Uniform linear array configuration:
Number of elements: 64
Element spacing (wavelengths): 1
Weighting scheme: hamming
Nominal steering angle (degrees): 60
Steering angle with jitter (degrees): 60.977
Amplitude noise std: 0.05
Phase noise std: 0.05

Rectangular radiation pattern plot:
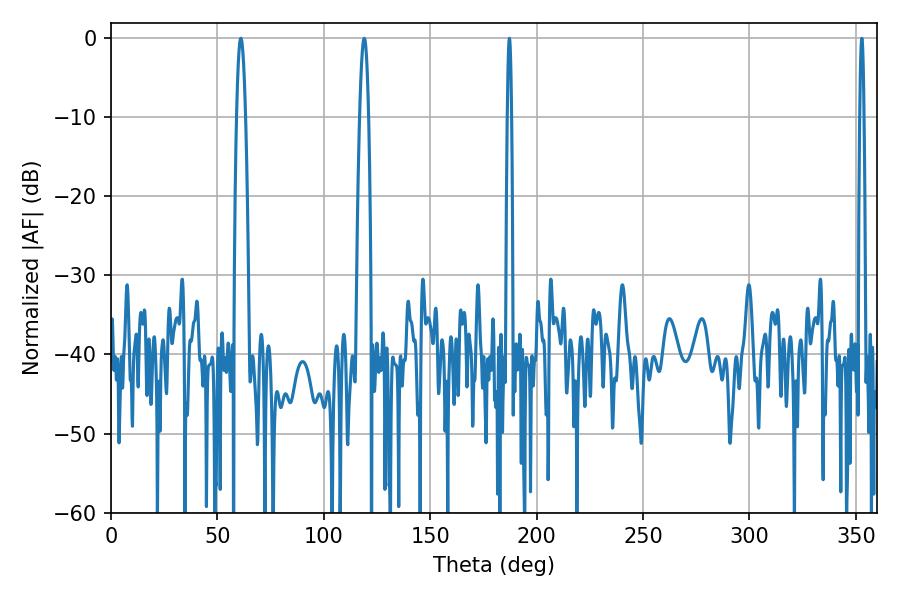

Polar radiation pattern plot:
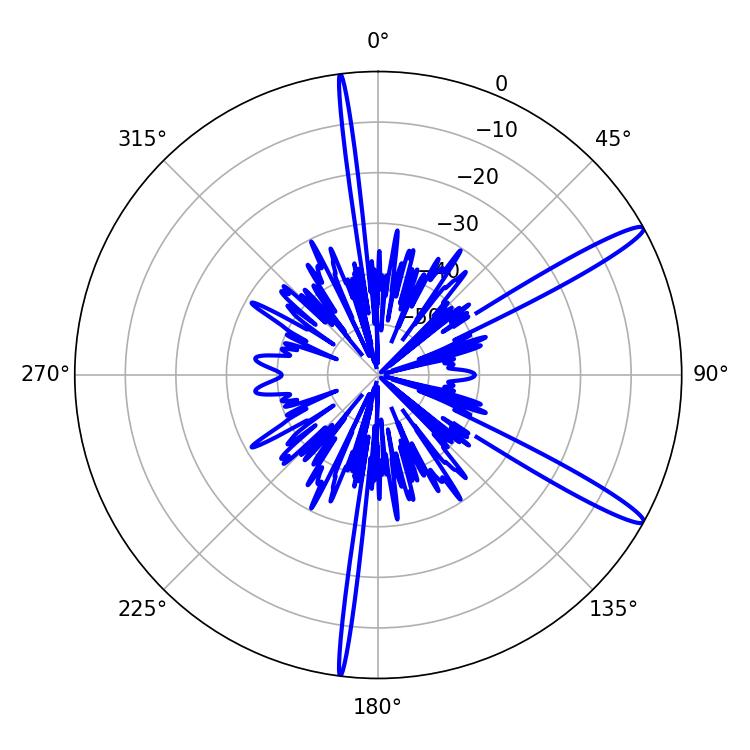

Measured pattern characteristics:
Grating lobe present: TRUE
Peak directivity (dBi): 14.442
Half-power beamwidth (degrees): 1.08
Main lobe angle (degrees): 187.2